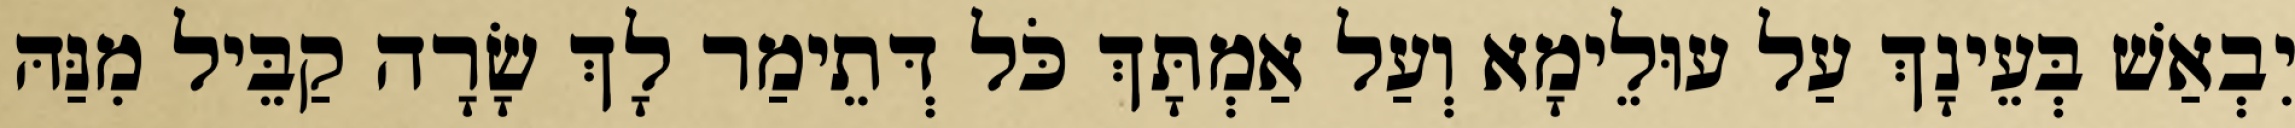
יִבְאַשׁ בְּעֵינָךְ עַל עוּלֵימָא וְעַל אַמְתָּךְ כֹּל דְּתֵימַר לָךְ שָׂרָה קַבֵּיל מִנַּהּ